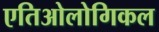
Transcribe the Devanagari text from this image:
एतिओलोगिकल